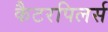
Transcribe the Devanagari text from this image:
कैटरपिलर्स